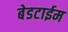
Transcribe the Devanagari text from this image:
बेडटाईम